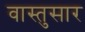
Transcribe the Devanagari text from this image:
वास्तुसार